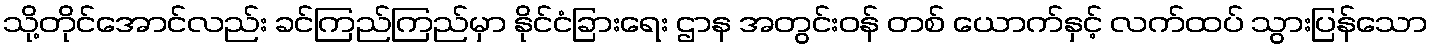
သို့တိုင်အောင်လည်း ခင်ကြည်ကြည်မှာ နိုင်ငံခြားရေး ဌာန အတွင်းဝန် တစ် ယောက်နှင့် လက်ထပ် သွားပြန်သော